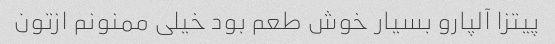
پیتزا آلپارو بسیار خوش طعم بود خیلی ممنونم ازتون